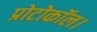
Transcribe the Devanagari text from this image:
प्रोटोकॉल।